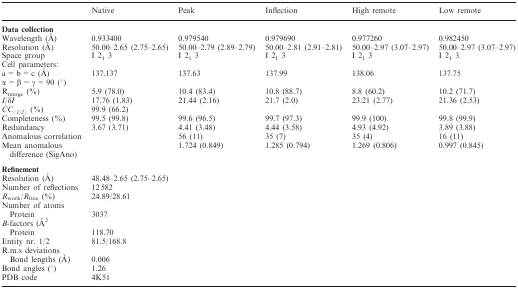
<table><thead><tr><td></td><td><b>Native</b></td><td><b>Peak</b></td><td><b>Inflection</b></td><td><b>High remote</b></td><td><b>Low remote</b></td></tr></thead><tbody><tr><td colspan="6"><b>Data collection</b></td></tr><tr><td>Wavelength (Å)</td><td>0.933400</td><td>0.979540</td><td>0.979690</td><td>0.977260</td><td>0.982450</td></tr><tr><td>Resolution (Å)</td><td>50.00–2.65 (2.75–2.65)</td><td>50.00–2.79 (2.89–2.79)</td><td>50.00–2.81 (2.91–2.81)</td><td>50.00–2.97 (3.07–2.97)</td><td>50.00–2.97 (3.07–2.97)</td></tr><tr><td>Space group</td><td>I 2<sub>1</sub> 3</td><td>I 2<sub>1</sub> 3</td><td>I 2<sub>1</sub> 3</td><td>I 2<sub>1</sub> 3</td><td>I 2<sub>1</sub> 3</td></tr><tr><td colspan="6">Cell parameters:</td></tr><tr><td>a = b = c (Å)</td><td rowspan="2">137.137</td><td rowspan="2">137.63</td><td rowspan="2">137.99</td><td rowspan="2">138.06</td><td rowspan="2">137.75</td></tr><tr><td>α = β = γ = 90 (°)</td></tr><tr><td>R<sub>merge</sub> (%)</td><td>5.9 (78.0)</td><td>10.4 (83.4)</td><td>10.8 (88.7)</td><td>8.8 (60.2)</td><td>10.2 (71.7)</td></tr><tr><td><i>I</i>/δ<i>I</i></td><td>17.76 (1.83)</td><td>21.44 (2.16)</td><td>21.7 (2.0)</td><td>23.21 (2.77)</td><td>21.36 (2.53)</td></tr><tr><td><i>CC<sub>(1/2)</sub></i> (%)</td><td>99.9 (66.2)</td><td></td><td></td><td></td><td></td></tr><tr><td>Completeness (%)</td><td>99.5 (99.8)</td><td>99.6 (96.5)</td><td>99.7 (97.3)</td><td>99.9 (100)</td><td>99.8 (99.9)</td></tr><tr><td>Redundancy</td><td>3.67 (3.71)</td><td>4.41 (3.48)</td><td>4.44 (3.58)</td><td>4.93 (4.92)</td><td>3.89 (3.88)</td></tr><tr><td>Anomalous correlation</td><td></td><td>56 (11)</td><td>35 (7)</td><td>35 (4)</td><td>16 (11)</td></tr><tr><td>Mean anomalous difference (SigAno)</td><td></td><td>1.724 (0.849)</td><td>1.285 (0.794)</td><td>1.269 (0.806)</td><td>0.997 (0.845)</td></tr><tr><td colspan="6"><b>Refinement</b></td></tr><tr><td>Resolution (Å)</td><td>48.48–2.65 (2.75–2.65)</td><td></td><td></td><td></td><td></td></tr><tr><td>Number of reflections</td><td>12582</td><td></td><td></td><td></td><td></td></tr><tr><td><i>R</i><sub>work</sub>/<i>R</i><sub>free</sub> (%)</td><td>24.89/28.61</td><td></td><td></td><td></td><td></td></tr><tr><td colspan="6">Number of atoms</td></tr><tr><td>Protein</td><td>3037</td><td></td><td></td><td></td><td></td></tr><tr><td colspan="6"><i>B</i>-factors (Å<sup>2</sup></td></tr><tr><td>Protein</td><td>118.70</td><td></td><td></td><td></td><td></td></tr><tr><td>Entity nr. 1/2</td><td>81.5/168.8</td><td></td><td></td><td></td><td></td></tr><tr><td colspan="6">R.m.s deviations</td></tr><tr><td>Bond lengths (Å)</td><td>0.006</td><td></td><td></td><td></td><td></td></tr><tr><td>Bond angles (°)</td><td>1.26</td><td></td><td></td><td></td><td></td></tr><tr><td>PDB code</td><td>4K51</td><td></td><td></td><td></td><td></td></tr></tbody></table>